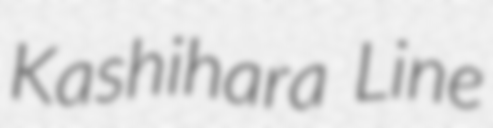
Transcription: Kashihara Line